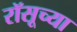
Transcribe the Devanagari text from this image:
रॉसूच्या